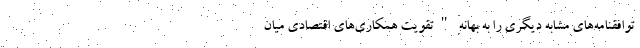
توافقنامه‌های مشابه دیگری را به بهانه "تقویت همکاری‌های اقتصادی میان